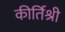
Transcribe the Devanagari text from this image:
कीर्तिश्री